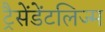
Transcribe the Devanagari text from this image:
ट्रैसेंडेंटलिज्म